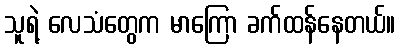
သူရဲ့ လေသံတွေက မာကြော ခက်ထန်နေတယ်။